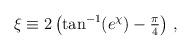
LaTeX: \begin{align*}\xi \equiv 2 \left( \tan^{-1} (e^{\chi}) -{\textstyle\frac{\pi}{4}}\right)\, ,\end{align*}